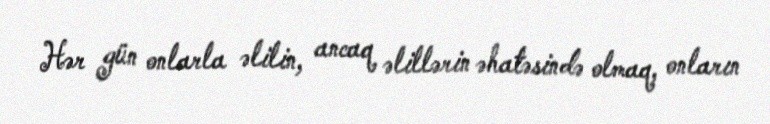
Hər gün onlarla əlilin, ancaq əlillərin əhatəsində olmaq, onların